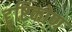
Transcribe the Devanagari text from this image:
द्दृष्टिकोण